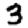
Digit: 3